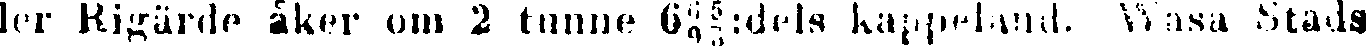
ler Rigärde åker om 2 tunne 6#:dels kappeland. Wasa Stads